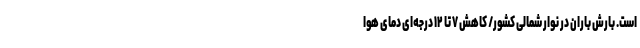
است. بارش باران در نوار شمالی کشور/ کاهش ۷ تا ۱۲ درجه‌ای دمای هوا